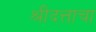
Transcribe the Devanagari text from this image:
श्रीदत्ताचा